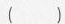
()